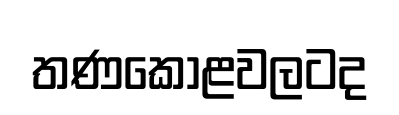
තණකොළවලටද